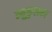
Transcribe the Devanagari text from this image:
म्युकुलका